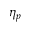
\eta _ { p }